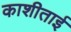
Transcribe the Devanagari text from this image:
काशीताई